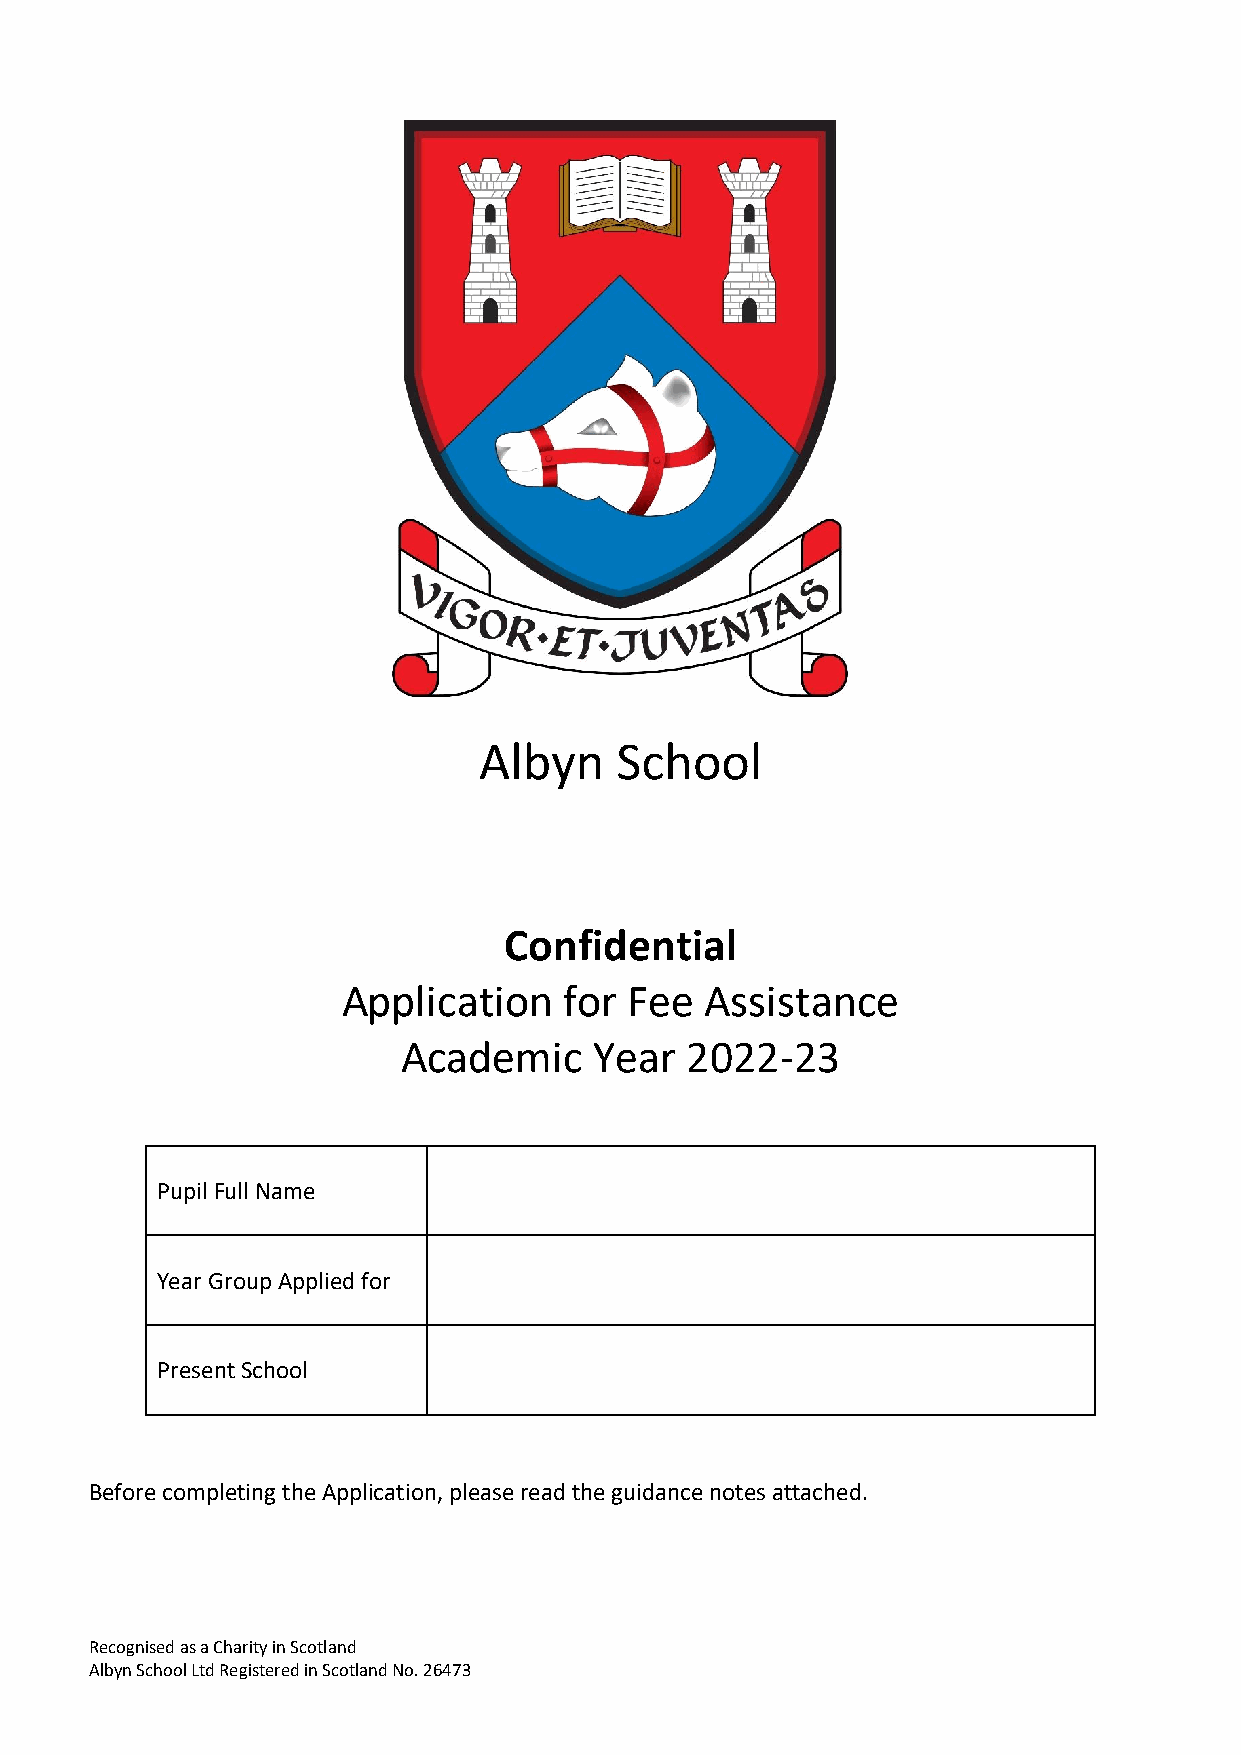
Albyn    School
 Confidential
 Application   for  Fee  Assistance
 Academic    Year  2022-23
 Pupil Full Name
 Year Group Applied for
 Present School
 Before completing the Application, please read the guidance notes attached.
 Recognised as a Charity in Scotland
 Albyn School Ltd Registered in Scotland No. 26473